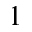
^ 1